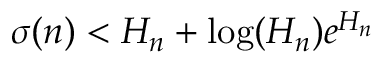
\sigma ( n ) < H _ { n } + \log ( H _ { n } ) e ^ { H _ { n } }